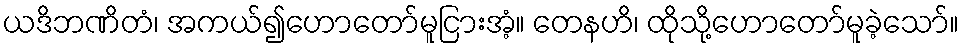
ယဒိဘဏိတံ၊ အကယ်၍ဟောတော်မူငြားအံ့။ တေနဟိ၊ ထိုသို့ဟောတော်မူခဲ့သော်။